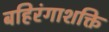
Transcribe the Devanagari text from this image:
बहिरंगाशक्ति